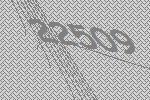
22509